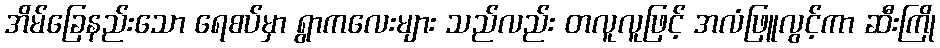
အိမ်ခြေနည်းသော ရေစပ်မှာ ရွာကလေးများ သည်လည်း တလူလူဖြင့် အလံဖြူလွင့်ကာ ဆီးကြို